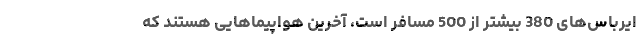
ایرباس‌های 380 بیشتر از 500 مسافر است، آخرین هواپیماهایی هستند که